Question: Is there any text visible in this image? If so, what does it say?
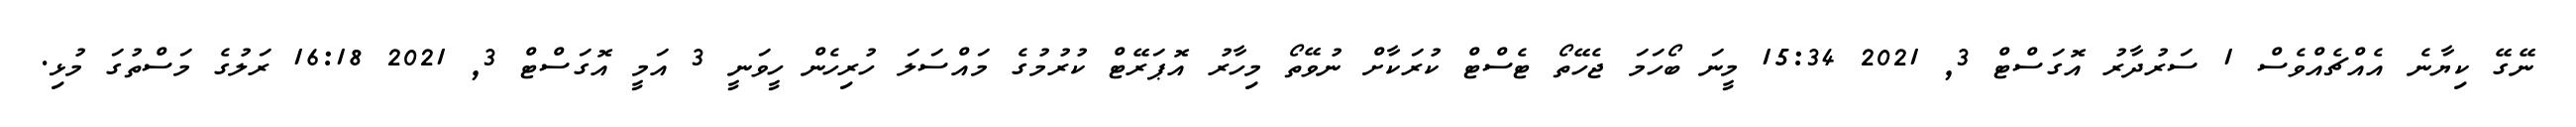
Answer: ނޭގޭ ކިޔާނެ އެއްޗެއްވެސް 1 ސަރުދާރު އޮގަސްޓް 3, 2021 15:34 މީނަ ބޯހަމަ ޖެހޭތޯ ޓެސްޓް ކުރަކާށް ނުވޭތޯ މިހާރު އޮޕަރޭޓް ކުރުމުގެ މައްސަލަ ހުރިހެން ހީވަނީ 3 އަމީ އޮގަސްޓް 3, 2021 16:18 ރަލުގެ މަސްތުގަ މުޅި.